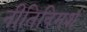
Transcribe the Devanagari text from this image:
नीतिविमर्श